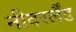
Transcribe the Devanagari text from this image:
नीदरर्लैंड